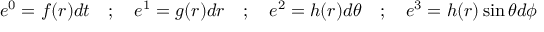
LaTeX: e ^ { 0 } = f ( r ) d t \quad ; \quad e ^ { 1 } = g ( r ) d r \quad ; \quad e ^ { 2 } = h ( r ) d \theta \quad ; \quad e ^ { 3 } = h ( r ) \sin \theta d \phi